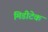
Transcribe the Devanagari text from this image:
मिडीटेक